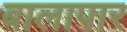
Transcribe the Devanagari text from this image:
बालापार